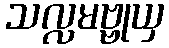
သလ္လမဗ္ဗုယှ